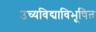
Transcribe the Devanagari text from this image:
उच्यविद्याविभूषित